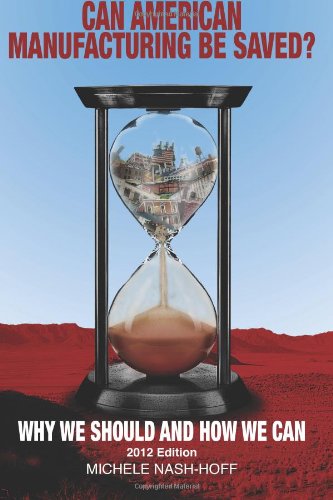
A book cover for Can American Manufacturing Be Saved?: Why We Should and How We Can; Michele Nash-Hoff; Business & Money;